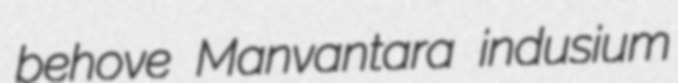
behove Manvantara indusium